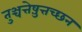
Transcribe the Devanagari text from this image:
तुञ्चत्तेष़ुत्तच्छन